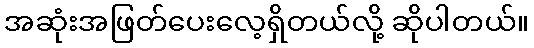
အဆုံးအဖြတ်ပေးလေ့ရှိတယ်လို့ ဆိုပါတယ်။